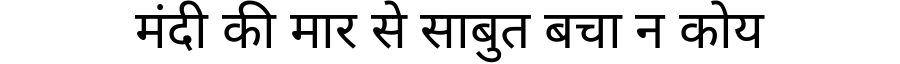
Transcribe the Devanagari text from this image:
मंदी की मार से साबुत बचा न कोय